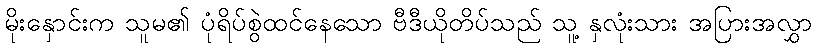
မိုးနှောင်းက သူမ၏ ပုံရိပ်စွဲထင်နေသော ဗီဒီယိုတိပ်သည် သူ့ နှလုံးသား အပြားအလွှာ